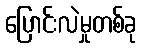
ပြောင်းလဲမှုတစ်ခု